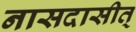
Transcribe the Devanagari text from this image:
नासदासीत्